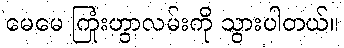
မေမေ ကြုံးဟွာလမ်းကို သွားပါတယ်။